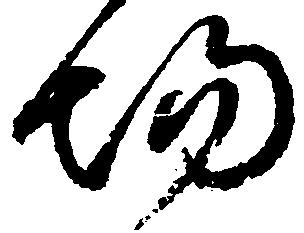
場